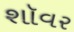
શૉવર